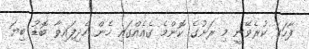
ފާހަގަ ކުރެވޭނީ މި ރަށުގެ ކޮންމެ ގެއެއްގައި ހެން ހެދިފައިވާ ބޮޑު ބިޔަ